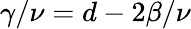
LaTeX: \gamma/\nu=d-2\beta/\nu